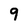
Character: 9